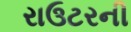
રાઉટરની